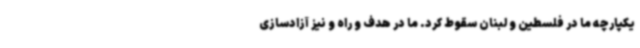
یکپارچه ما در فلسطین و لبنان سقوط کرد. ما در هدف و راه و نیز آزادسازی